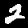
Label: 2